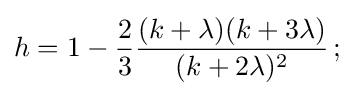
h=1-{\frac {2}{3}}{\frac {(k+\lambda )(k+3\lambda )}{(k+2\lambda )^{2}}}\,;